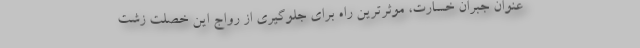
عنوان جبران خسارت، موثرترین راه برای جلوگیری از رواج این خصلت زشت